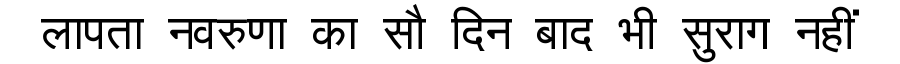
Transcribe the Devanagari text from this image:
लापता नवरुणा का सौ दिन बाद भी सुराग नहीं